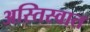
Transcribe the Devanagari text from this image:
अस्तिस्वात